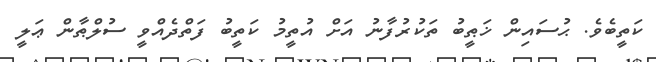
ކަތީބެވެ. ޙުސައިން ޚަޠީބު ތަކުރުފާނު އަށް އުތީމު ކަތީބު ފަތްދެއްވީ ސުލްޠާން ޢަލީ